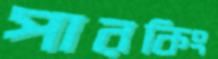
পারকিং